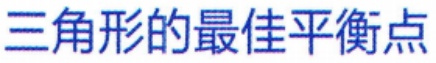
三角形的最佳平衡点